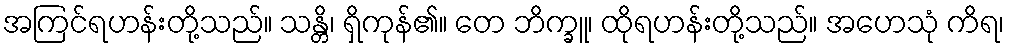
အကြင်ရဟန်းတို့သည်။ သန္တိ၊ ရှိကုန်၏။ တေ ဘိက္ခူ၊ ထိုရဟန်းတို့သည်။ အဟေသုံ ကိရ၊